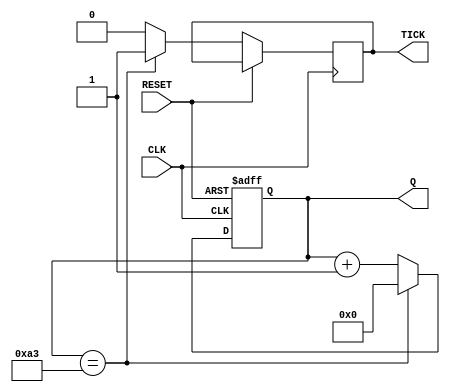
`timescale 1ns / 1ps
//////////////////////////////////////////////////////////////////////////////////
// Company: 
// Engineer: 
// 
// Design Name: 
// Module Name:    BaudRateGen 
// Project Name: 
// Target Devices: 
// Tool versions: 
// Description: 
//
// Dependencies: 
//
// Revision: 
// Revision 0.01 - File Created
// Additional Comments: 
//
//////////////////////////////////////////////////////////////////////////////////
module BaudRateGen
	#(
		parameter N=8,
					 M=163
	)
	(
    input CLK,
    input RESET,
    output TICK,
    output [N-1:0] Q
    );
	 
	 reg[N-1:0] contador = 0;
	 reg ti = 0;
	 
	 always @(posedge CLK, posedge RESET)
	 begin
		if(RESET)
			contador <= 0;
		else 
			begin
				if(contador==163) begin
					ti <= 1;
					contador <= 0;
				end
				else begin
				 ti<=0;
				 contador <= contador+1;
				 end
			end
	 end
	 
	 assign TICK = ti;
	 assign Q = contador;


endmodule